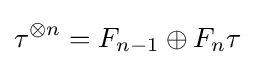
\tau ^{\otimes n}=F_{n-1}\oplus F_{n}\tau